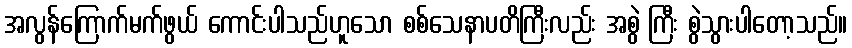
အလွန်ကြောက်မက်ဖွယ် ကောင်းပါသည်ဟူသော စစ်သေနာပတိကြီးလည်း အစွဲ ကြီး စွဲသွားပါတော့သည်။